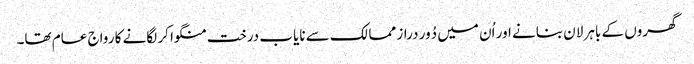
گھروں کے باہر لان بنانے اور اُن میں دُور دراز ممالک سے نایاب درخت منگوا کر لگانے کا رواج عام تھا۔